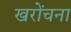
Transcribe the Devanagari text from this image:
खरोंचना